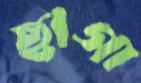
ছাগা